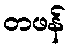
တဖန်